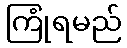
ကြုံရမည်